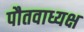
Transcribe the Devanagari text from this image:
पौतवाध्यक्ष